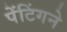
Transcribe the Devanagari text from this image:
पेंटिंगने